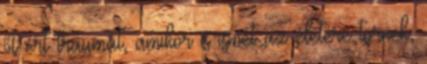
őt ért traumát, amikor is ismét az életére törnek,